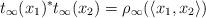
LaTeX: \begin{align*} t_\infty(x_1)^* t_\infty(x_2)=\rho_\infty(\langle x_1,x_2\rangle)\end{align*}